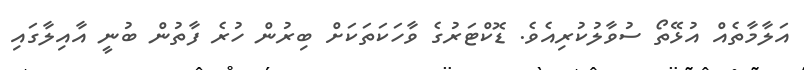
އަލާމާތެއް އުޅޭތޯ ސުވާލުކުރިއެވެ. ޑޮކްޓަރުގެ ވާހަކަތަކަށް ބިރުން ހުރެ ފާތުން ބުނީ އާއިލާގައި